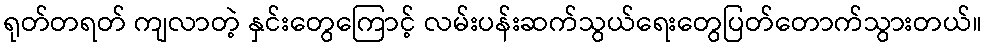
ရုတ်တရတ် ကျလာတဲ့ နှင်းတွေကြောင့် လမ်းပန်းဆက်သွယ်ရေးတွေပြတ်တောက်သွားတယ်။